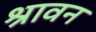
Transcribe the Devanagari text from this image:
श्रावन